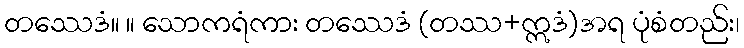
တဿေဒံ။ ။ သောကရံကား တဿေဒံ (တဿ+ဣဒံ)အရ ပုံစံတည်း၊